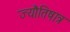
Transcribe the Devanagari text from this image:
ज्यौतिषात्र